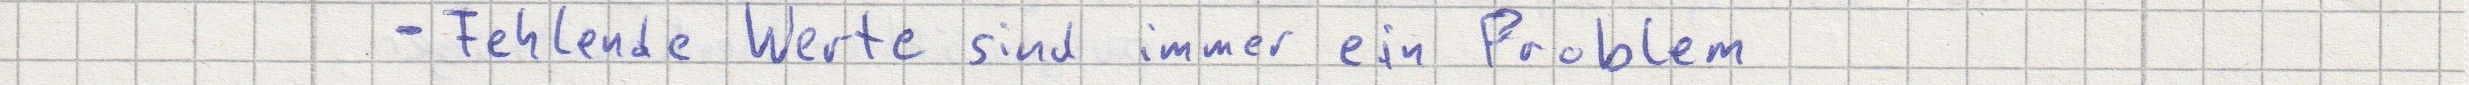
- Fehlende Werte sind immer ein Problem